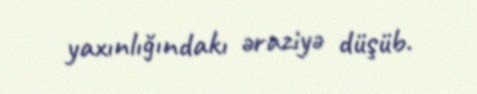
yaxınlığındakı əraziyə düşüb.